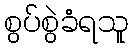
စွပ်စွဲခံရသူ